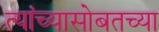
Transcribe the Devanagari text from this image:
त्यांच्यासोबतच्या